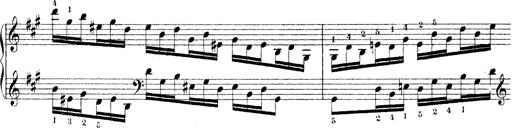
Title: Technische Studien
Composer: Franz Liszt